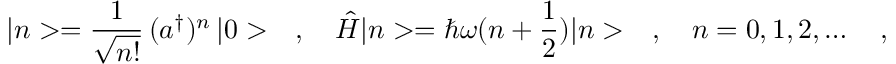
| n > = \frac { 1 } { \sqrt { n ! } } \, ( a ^ { \dagger } ) ^ { n } \, | 0 > \ \ \ , \ \ \ \hat { H } | n > = \hbar \omega ( n + \frac { 1 } { 2 } ) | n > \ \ \ , \ \ \ n = 0 , 1 , 2 , \dots \ \ \ ,